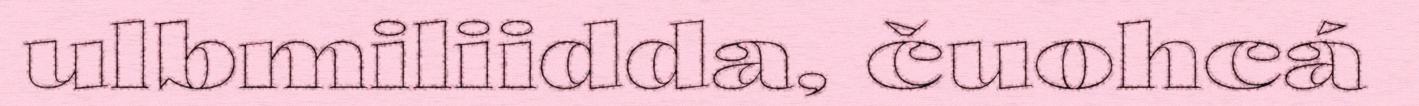
ulbmiliidda, čuohcá